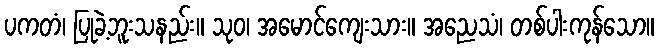
ပကတံ၊ ပြုခဲ့ဘူးသနည်း။ သုဝ၊ အမောင်ကျေးသား။ အညေသံ၊ တစ်ပါးကုန်သော။